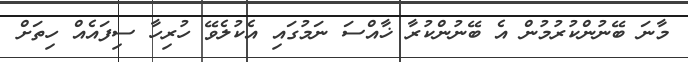
މާނަ ބޭނުންކުރުމުން އެ ބޭނުންކުރާ ޚާއްސަ ނަމުގައި އެކުލެވޭ ހުރިހާ ސިފައެއް ހިތަށް